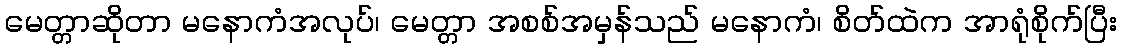
မေတ္တာဆိုတာ မနောကံအလုပ်၊ မေတ္တာ အစစ်အမှန်သည် မနောကံ၊ စိတ်ထဲက အာရုံစိုက်ပြီး